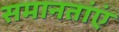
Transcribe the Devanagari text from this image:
समानतांएं